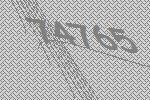
74765